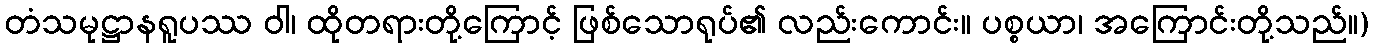
တံသမုဋ္ဌာနရူပဿ ဝါ၊ ထိုတရားတို့ကြောင့် ဖြစ်သောရုပ်၏ လည်းကောင်း။ ပစ္စယာ၊ အကြောင်းတို့သည်။)